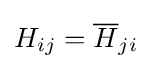
H_{ij}={\overline {H}}_{ji}